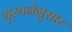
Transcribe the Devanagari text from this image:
भूरचनेनुसार